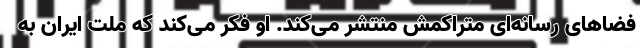
فضاهای رسانه‌ای متراکمش منتشر می‌کند. او فکر می‌کند که ملت ایران به